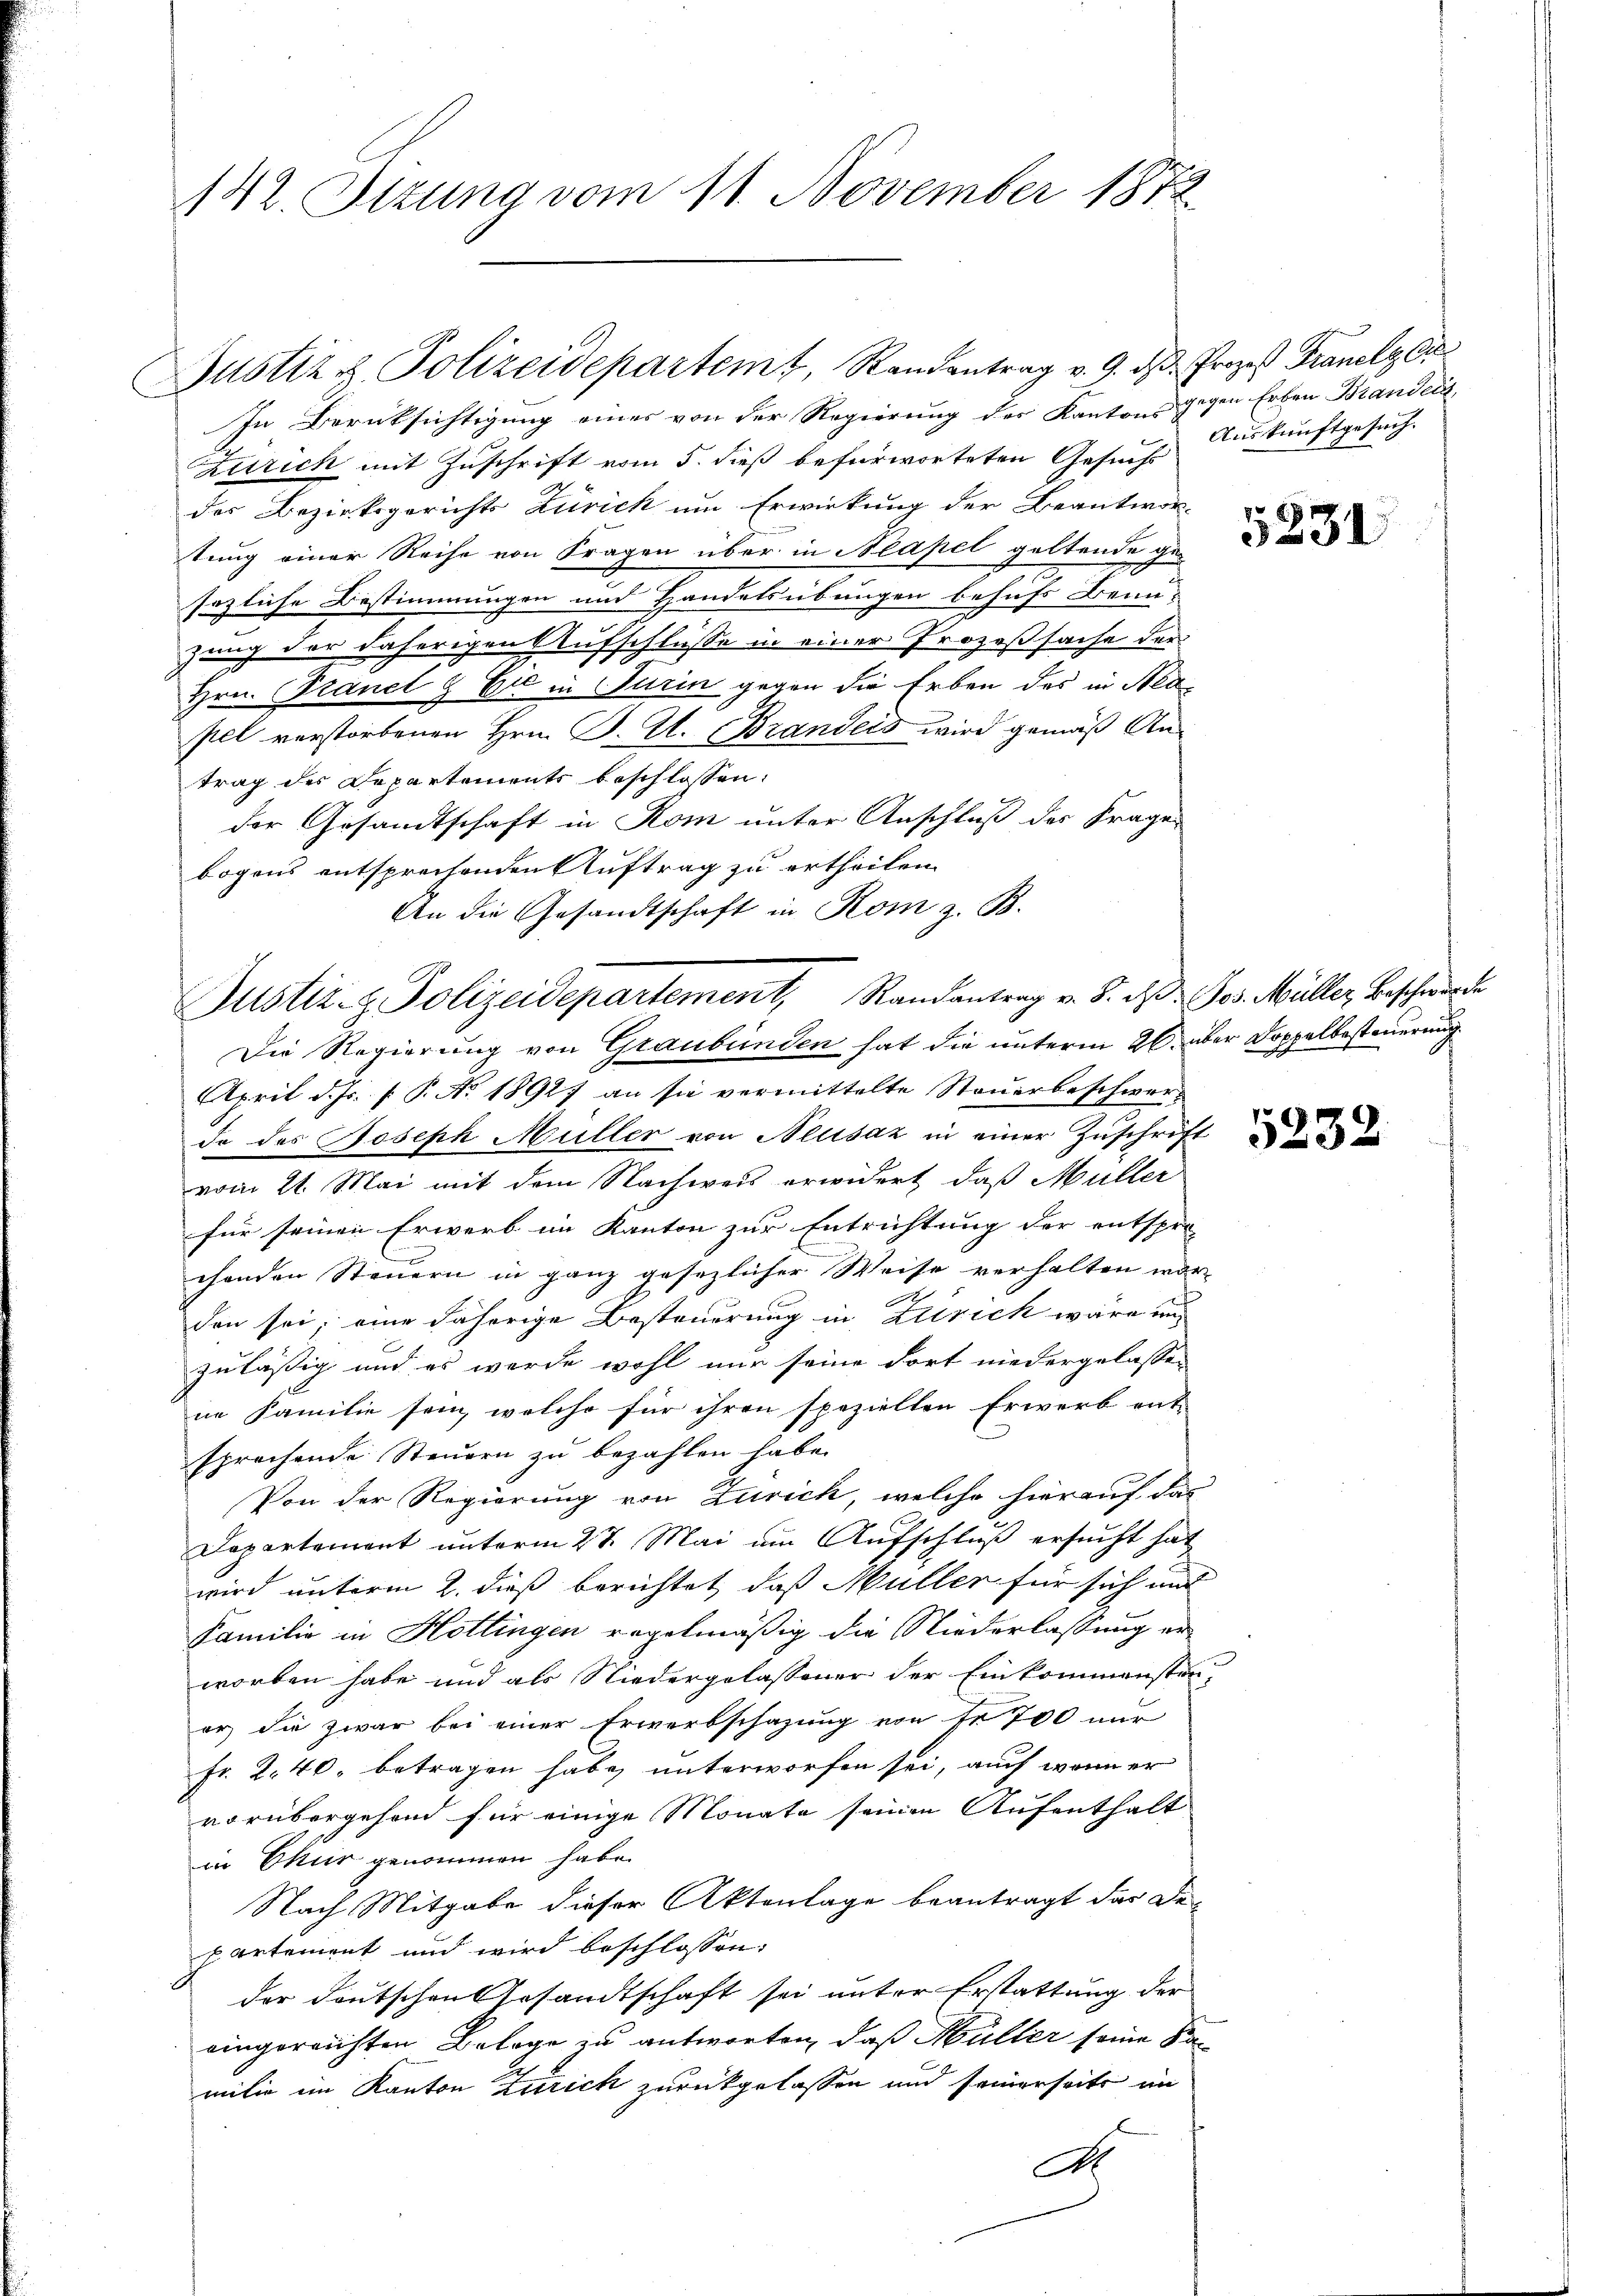
142. Ittung vom 11. November 1872

Justiz & Polizeidepartemt, Standentrag v. 9. ds Prozeß Franelz ei

In Berücksichtigung eines von der Regierung des Kantons gegen Erben Brandels
Zürich mit Zuschrift vom 5. dieß befürworteten Gesuchs
des Bezirksgerichts Zürich um Erwirkung der Beantwor-
tung einer Reihe von Fragen über in Neapel geltende gesezliche Bestimmungen und Handelsübungen behufs Benu-
zung der daherigen Aufschlüsse in einer Prozeßsache der
Hrn. Planel & Er in Turin gegen die Erben des in Neapel verstorbenen Hrn. J. A. Brandeis wird gemäß Antrag des Departements beschlossen:
der Gesandtschaft in Rom unter Anschluß des Frage
bogens entsprechenden Auftrag zu ertheilen.
An die Gesandtschaft in Rom z. B.
Die Regierung von Graubünden hat die unterm 26. über Doppelbesteuerung
April d. Js. f. P. Nr. 1892) an sie vermittelte Steŭerbeschwerdo des Joseph Müller von Aeusaz in einer Zuschrift
vom 21. Mai mit dem Nachweis erwidert, daß Müller
für seinen Erwerb im Kanton zur Entrichtung der entspre
chenden Steuern in ganz gesezlicher Weise verhalten wor-
den sei; eine Fährige Besteuerung in Zürich wäre in
zuläßig und es werde wohl nur seine dort niedergelassen
ne Familie sein, welche für ihren speziellen Erwerb ent-
sprechende Steuern zu bezahlen habe.
Von der Regierung von Zürich, welche hierauf das
Dapartement unterm 27. Mai um Aufschluß ersucht hat
wird unterm 2. dieß berichtet, daß Müller für sich und
Familie in Hottingen regelmäßig die Niederlassung erworben habe und als Niedergelassener der Einkommensten-
er, die zwar bei einer Erwerbschazung von fr 700 nur
Fr. 2. 40. betragen habe, unterworfen sei, auch wenn er
vorübergehend für einige Monate seinen Aufenthalt
in Ekur genommen habe.
Nach Mitgabe dieser Aktenlage beantragt das Departement und wird beschlossen:
der deutschen Gesandtschaft sei unter Erstattung der
eingereichten Belage zu antworten, daß Müller seine Ka
mitiv im Kanton Zürich zurückgelassen und seinerseits im
A

Justiz- & Polizeidepartement, Randantrag v. 8. d. Jos. Müller Beschwerden

Auskunftgesuch.

5231

5232